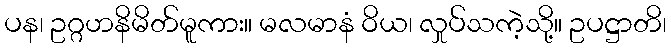
ပန၊ ဥဂ္ဂဟနိမိတ်မူကား။ မလမာနံ ဝိယ၊ လှုပ်သကဲ့သို့။ ဥပဋ္ဌာတိ၊